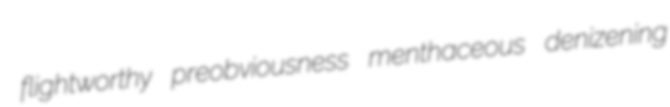
flightworthy preobviousness menthaceous denizening